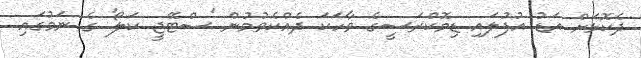
ދެކޮޅަށް އަޑު އުފުލައި ޑިމޮކްރަސީގެ ވާހަކަ ދެއްކެވުމުން 'ސްޓޭޖީ ކަލޯ' ގެ ނަމުގައި